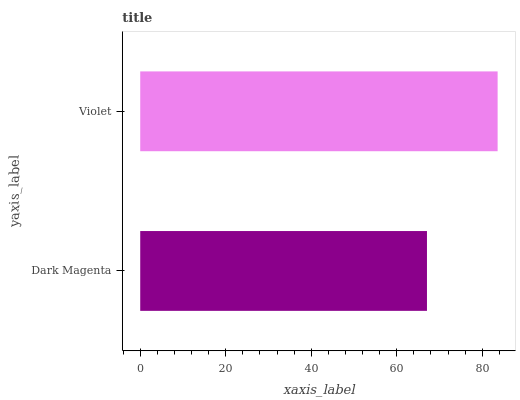
| yaxis_label | bars |
 | --- | --- |
 | Dark Magenta | 67.1 |
 | Violet | 83.6 |